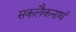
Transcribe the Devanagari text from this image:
सकलैकनाथं